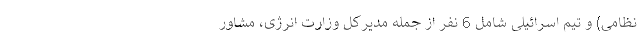
نظامی) و تیم اسرائیلی شامل 6 نفر از جمله مدیرکل وزارت انرژی، مشاور